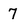
Character: 7